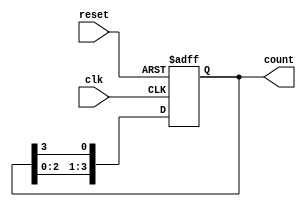
module ring_counter #(parameter N = 4) (
    input wire clk,            // Clock signal
    input wire reset,          // Asynchronous reset signal
    output reg [N-1:0] count   // Output of the ring counter
);

// Always block triggered on the rising edge of the clock or the reset signal
always @(posedge clk or posedge reset) begin
    if (reset) begin
        // On reset, initialize count to 1 (000...01)
        count <= 1'b1;
    end else begin
        // Circular shift: move the '1' to the left
        count <= {count[N-2:0], count[N-1]}; // Shift left and wrap around
    end
end

endmodule